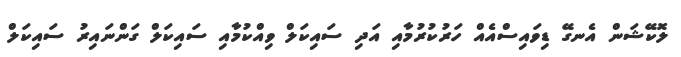
ލޮކޭޝަން އެނގޭ ޑިވައިސްއެއް ހަރުކުރުމާއި އަދި ސައިކަލް ވިއްކުމާއި ސައިކަލް ގަންނައިރު ސައިކަލް